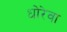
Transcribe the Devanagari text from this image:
धोरेवा